Plague in India, 1896, 1897 - Volume 4
Year: 1896
Disease focus: Plague
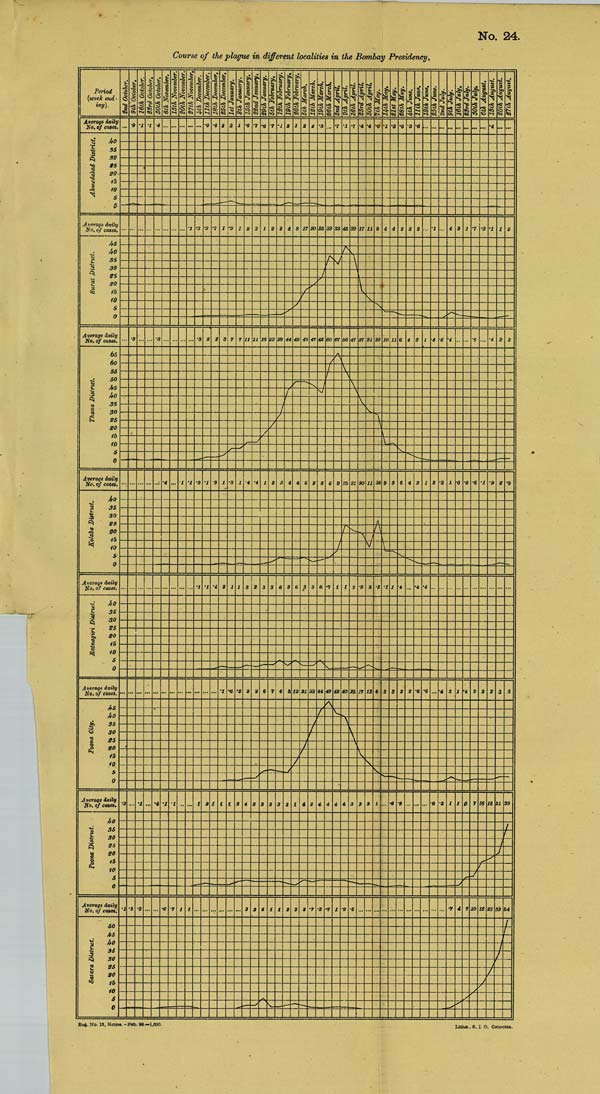
No. 24.
Course of the plague in different localities in the Bombay Presidency.
Reg. No. 13, Home.–Feb. 98.—1,000.
Litho., S. I. O. Calcutta.